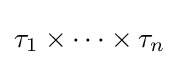
\tau _{1}\times \cdots \times \tau _{n}